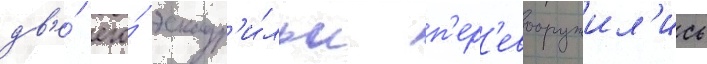
дв'е́ его́ эскадр'и́льи п'ер'евооружил'ись